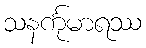
သနင်္ကုမာရဿ